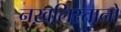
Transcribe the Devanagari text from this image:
नख़्लिस्तानों